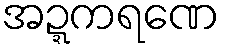
အဍ္ဍကရဏေ